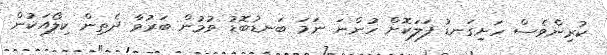
ކުރިންވެސް ހަށިގަނޑު ފަލަކޮށް ހުންނަ ނަމަ ބަނޑުބޮޑު ވުމުން ބަރުވާ ދެތިން ކިލޯއަކުން